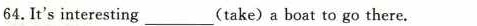
64.It's interesting ___ (take) a boat to go there.